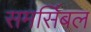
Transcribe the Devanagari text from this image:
समर्सिबल